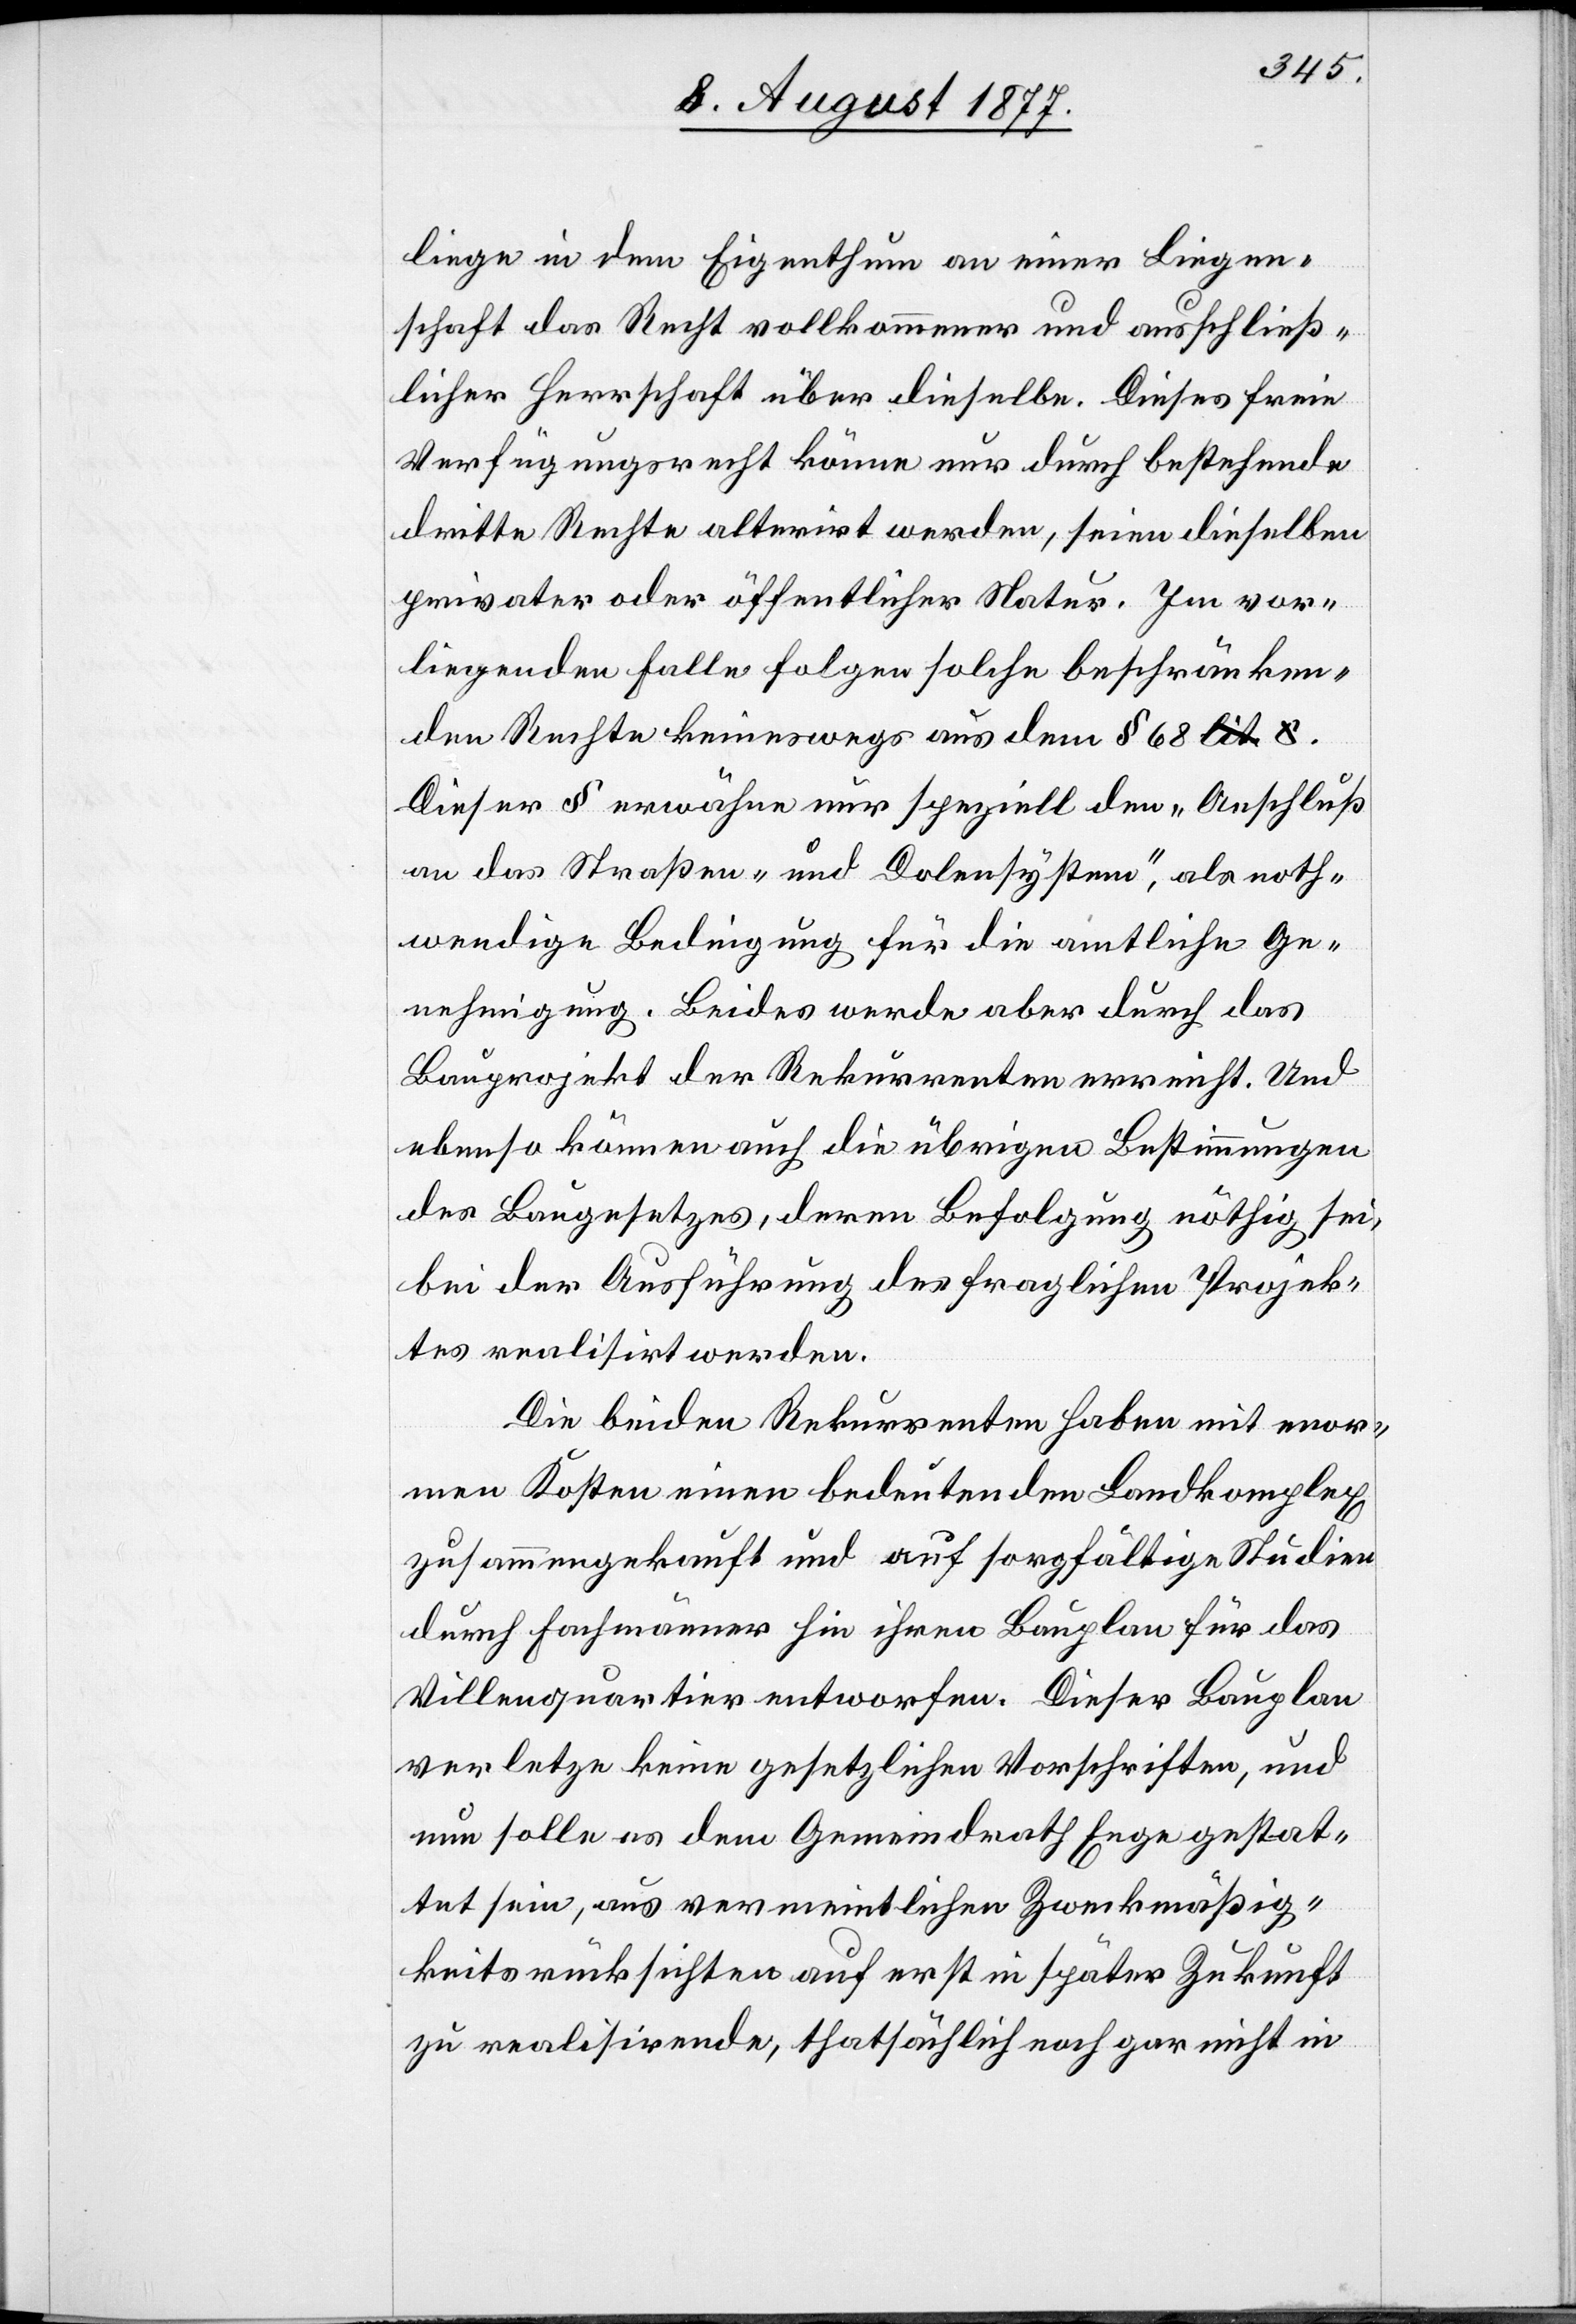
liege in dem Eigenthum an einer Liegen¬
schaft das Recht vollkommener und ausschließ¬
licher Herrschaft über dieselbe. Dieses freie
Verfügungsrecht könne nur durch bestehende
dritte Rechte alterirt werden, seien dieselben
privater oder öffentlicher Natur. Im vor¬
liegenden Falle folgen solche beschränken¬
den Rechte keineswegs aus dem § 68 a-lit. c.-a.
Dieser § erwähne nur speziell den „Anschluß
an das Straßen- und Dolensystem“, als noth¬
wendige Bedingung für die amtliche Ge¬
nehmigung. Beides werde aber durch das
Bauprojekt der Rekurrenten erreicht. Und
ebenso können auch die übrigen Bestimmungen
des Baugesetzes, deren Befolgung nöthig sei,
bei der Ausführung des fraglichen Projek¬
tes realisirt werden.
Die beiden Rekurrenten haben mit enor¬
men Kosten einen bedeutenden Landkomplex
zusammengekauft und auf sorgfältige Studien
durch Fachmänner hin ihren Bauplan für das
Villenquartier entworfen. Dieser Bauplan
verletze keine gesetzlichen Vorschriften, und
nun solle es dem Gemeindrath Enge gestat¬
tet sein, aus vermeintlichen Zweckmäßig¬
keitsrücksichten auf erst in später Zukunft
zu realisirende, thatsächlich noch gar nicht in